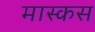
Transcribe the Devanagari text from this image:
मास्कस